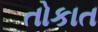
તોકાત